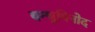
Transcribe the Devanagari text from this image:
बन्धुविनोद